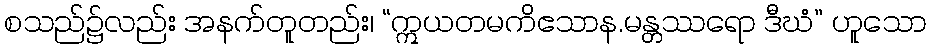
စသည်၌လည်း အနက်တူတည်း၊ “ဣယတမကိဧသာန.မန္တဿရော ဒီဃံ” ဟူသော